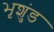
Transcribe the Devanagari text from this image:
भृशुंड